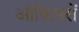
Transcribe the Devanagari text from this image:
ऑफिसरों